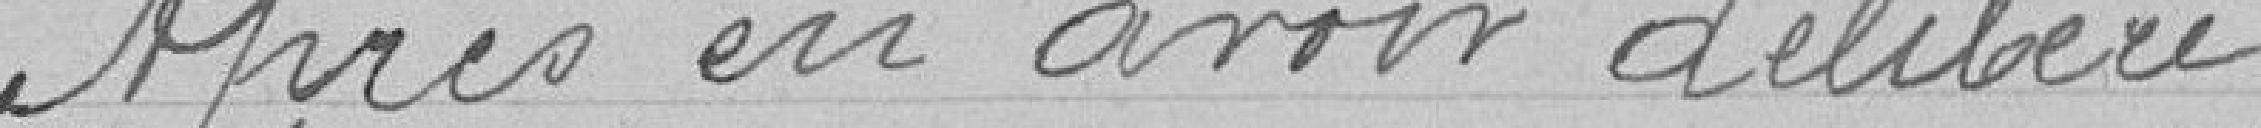
Après en avoir délibéré,